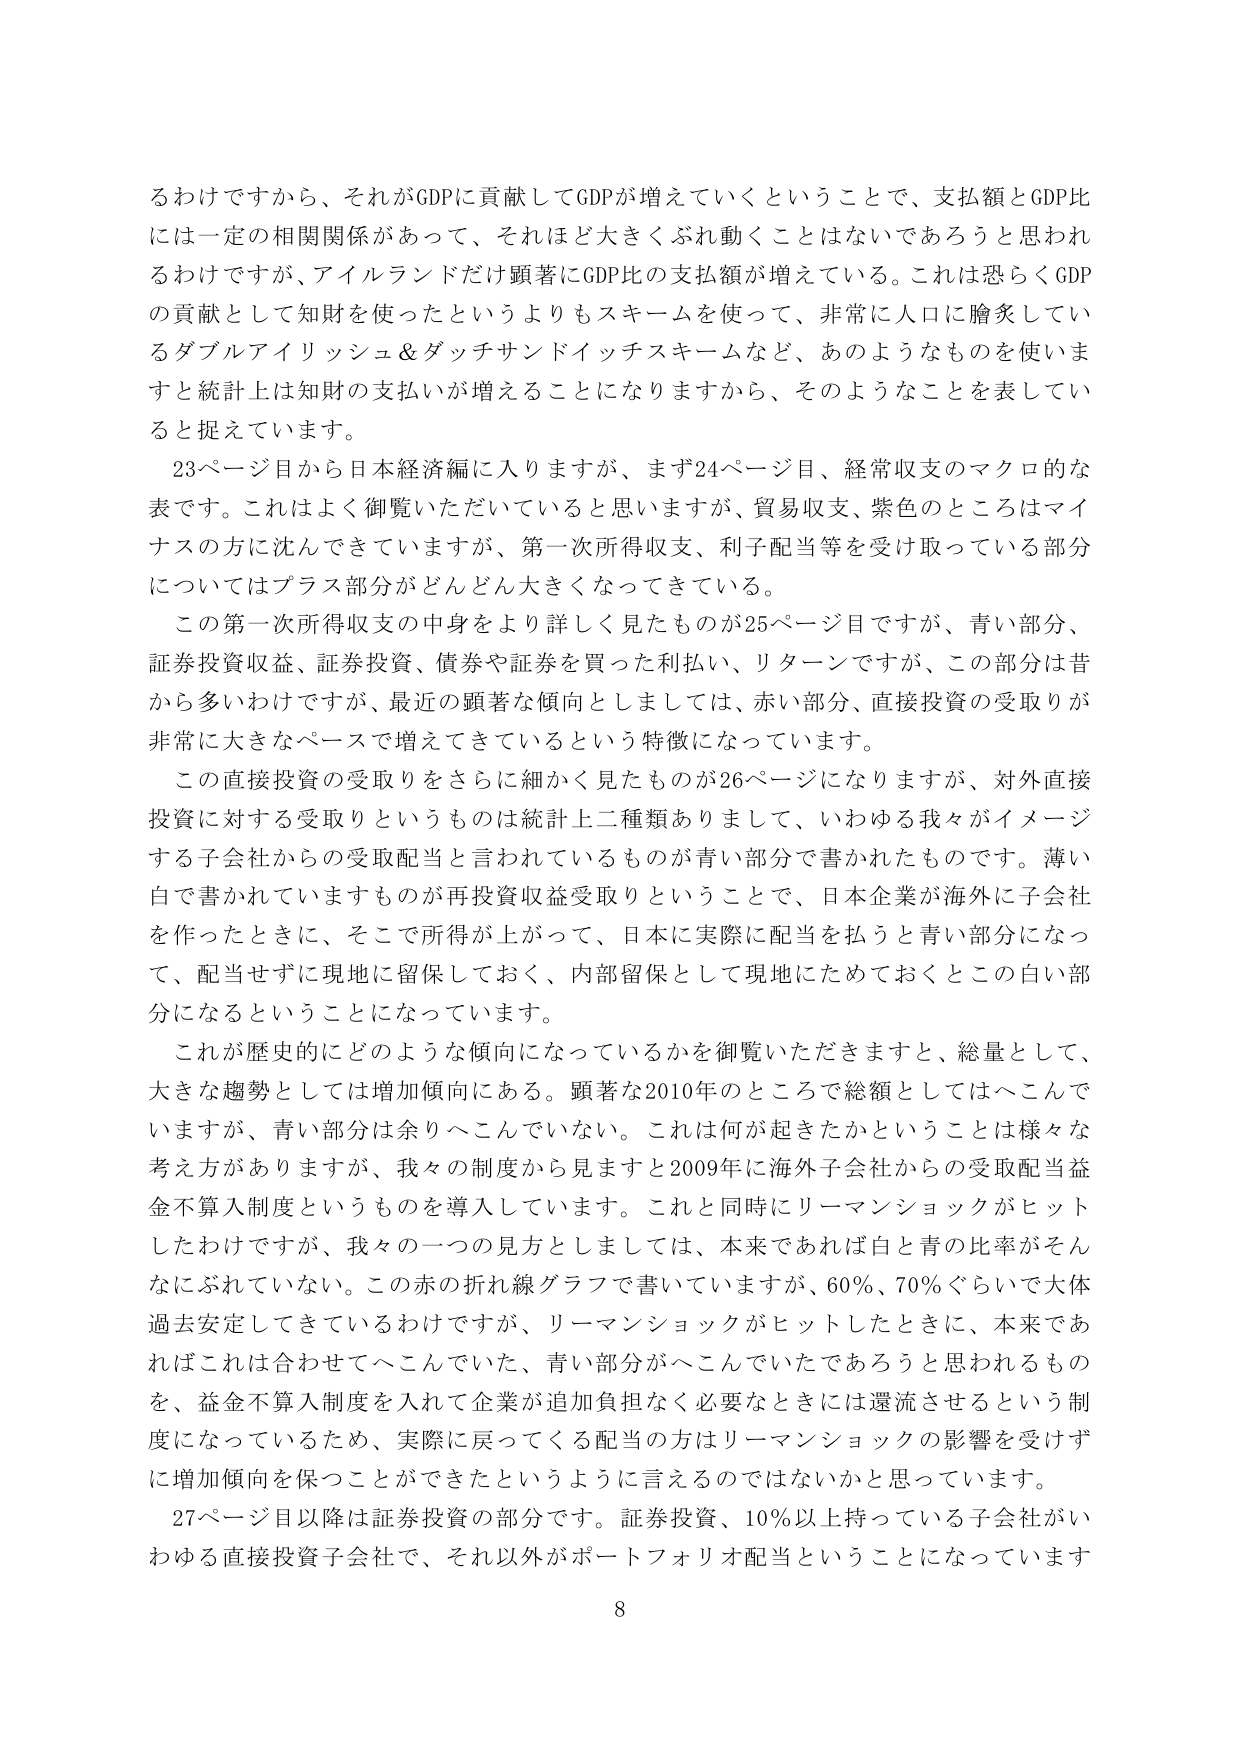
るわけですから、それがGDPに貢献してGDPが増えていくということで、支払額とGDP比には一定の相関関係があって、それはほど大きくぶれ動くことはないであろうと思われるわけですが、アイルランドだけ顕著にGDP比の支払額が増えている。これは恐らくGDPの貢献として知財を使ったというよりもスキームを使って、非常に人口に膾炙しているダブルアイリッシュ＆ダッチサンドイッチスキームなど、あのようなものを使いますと統計上は知財の支払いが増えることになりますから、そのようなことを表していると捉えています。

23ページ目から日本経済編に入りますが、まず24ページ目、経常収支のマクロ的な表です。これはよく御覧いただいていると思いますが、貿易収支、紫色のところはマイナスの方に沈んできていますが、第一次所得収支、利子配当等を受け取っている部分についてはプラス部分がどんどん大きくなってきている。

この第一次所得収支の中身をより詳しく見たものが25ページ目ですが、青い部分、証券投資収益、証券投資、債券や証券を買った利払い、リターンですが、この部分は昔から多いわけですが、最近の顕著な傾向としましては、赤い部分、直接投資の受取りが非常に大きなペースで増えてきているという特徴になっています。

この直接投資の受取りをさらに細かく見たものが26ページになりますが、対外直接投資に対する受取りというものは統計上二種類ありまして、いわゆる我々がイメージする子会社からの受取配当と言われているものが青い部分で書かれたものです。薄い白で書かれていますものが再投資収益受取りということで、日本企業が海外に子会社を作ったときに、そこで所得が上がって、日本に実際に配当を払うと青い部分になって、配当せずに現地に留保しておく、内部留保として現地にためておくとこの白い部分になるということになっています。

これが歴史的にどのような傾向になっているかを御覧いただきますと、総量として、大きな趨勢としては増加傾向にある。顕著な2010年のところで総額としてはへこんでいますが、青い部分は余りへこんでいない。これは何が起きたかということは様々な考え方がありますが、我々の制度から見ますと2009年に海外子会社からの受取配当益金不算入制度というものを導入しています。これと同時にリーマンショックがヒットしたわけですが、我々の一つの見方としましては、本来であれば白と青の比率がそんなにぶれていない。この赤の折れ線グラフで書いていますが、60％、70％ぐらいで大体過去安定してきているわけですが、リーマンショックがヒットしたときに、本来であればこれは合わせてへこんでいた、青い部分がへこんでいたであろうと思われるものを、益金不算入制度を入れて企業が追加負担なく必要なときには還流させるという制度になっているため、実際に戻ってくる配当の方はリーマンショックの影響を受けずに増加傾向を保つことができたというように言えるのではないかと思っています。

27ページ目以降は証券投資の部分です。証券投資、10％以上持っている子会社がいわゆる直接投資子会社で、それ以外がポートフォリオ配当ということになっています

8